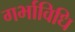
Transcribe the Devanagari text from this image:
गर्भाविधि